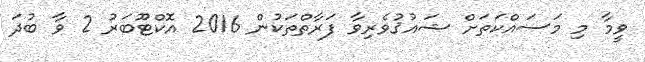
ވީމާ މި މަސައްކަތަށް ޝައުޤުވެރިވާ ފަރާތްތަކުން 2016 އޮކްޓޫބަރު 2 ވާ ބުދަ